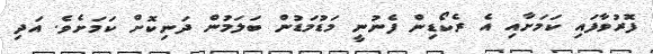
ފޮރުވާފައި ކަމަށާއި އެ ރެކޯޑިން ފެނުނީ މަޑުމަޑުން ބަލަމުން ދަނިކޮށް ކަމަށެވެ. އަދި